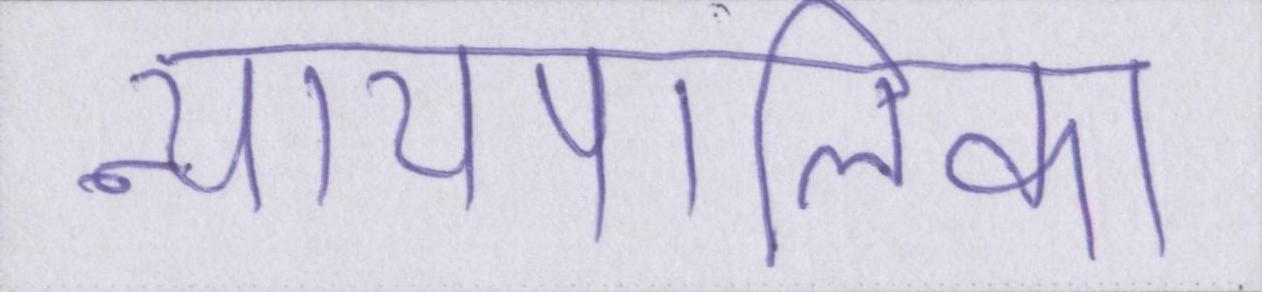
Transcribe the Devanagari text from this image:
न्यायपालिका